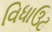
વિધાઉટ